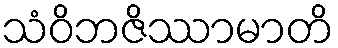
သံဝိဘဇိဿာမာတိ